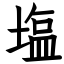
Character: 塩